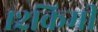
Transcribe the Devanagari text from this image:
१२किमी